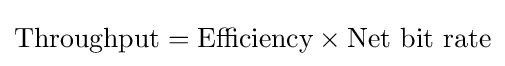
{\text{Throughput}}={\text{Efficiency}}\times {\text{Net bit rate}}\,\!